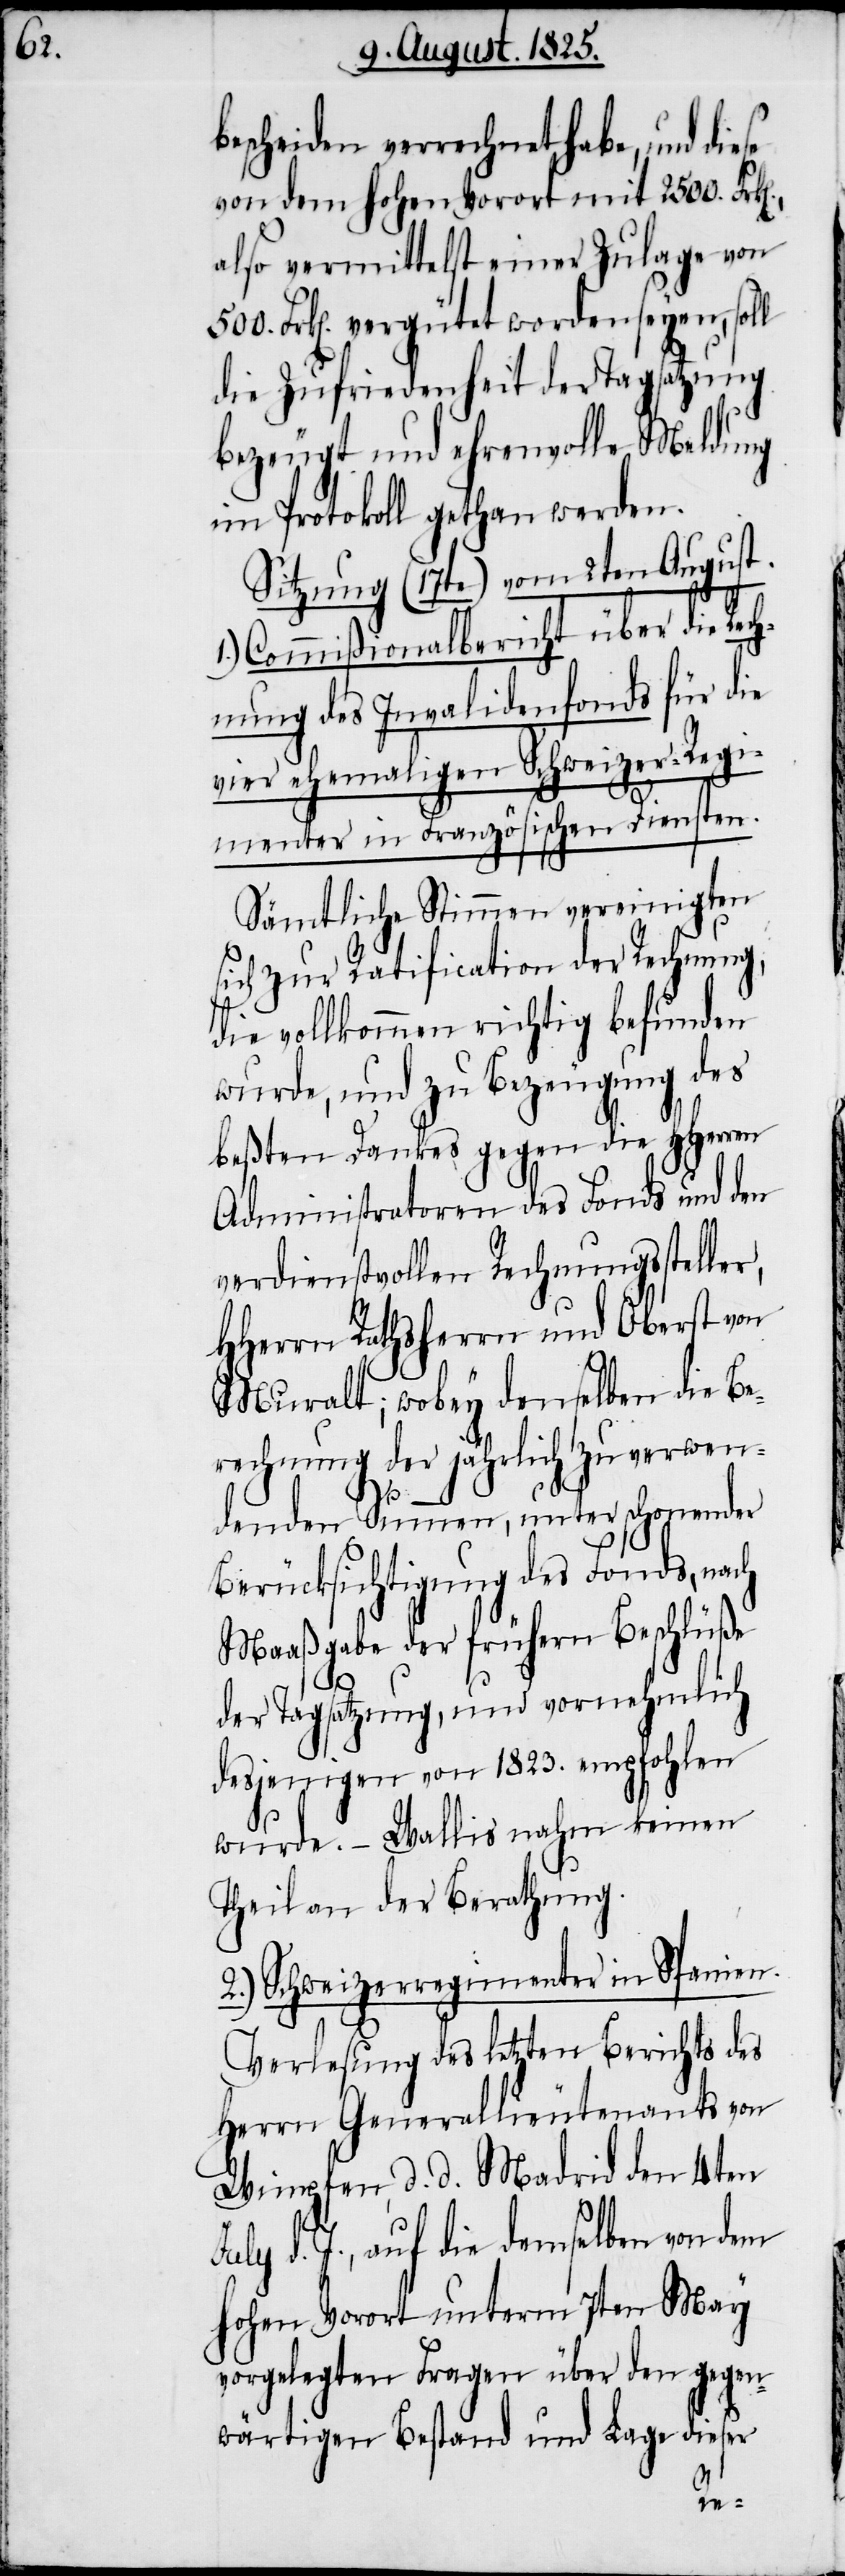
bescheiden verrechnet habe, und die¬
von dem hohen Vorort mit 2500. Fr¬
also vermittelst einer Zulage von
Frk[en]. vergütet worden seyen, soll
die Zufriedenheit der Tagsatzung
bezeugt und ehrenvolle Meldung
im Protokoll gethan werden.
Sitzung (17te) vom 2ten August.
Commißionalbericht über die Rech¬
nung des Invalidenfonds für die
vier ehemaligen Schweizer-Regi¬
menter in Französischen Diensten.
500.
Sämtliche Stimmen vereinigten
sich zur Ratification der Rechnung,
die vollkommen richtig befunden
wurde, und zu Bezeugung des
beßten Dankes gegen die HHerren
Administratoren des Fonds und den
verdienstvollen Rechnungssteller,
HHerrn Rathsherrn und Oberst von
Muralt; wobey denselben die Be¬
rechnung der jährlich zu verwen¬
1.)
denden Stimmen, unter schonender
Berücksichtigung des Fonds, nach
Maaßgabe der frühern Beschlüße
der Tagsatzung, und vornehmlich
desjenigen von 1823. empfohlen
wurde. – Wallis nahm keinen
Theil an der Berathung.
2.) Schweizerregimenter in Spanien.
Vorlesung des letzten Berichts des
Herrn Generalleutenants von
Wimpfen, d. d. Madrid den 4ten
d. J., auf die demselben von dem
hohen Vorort unterm 7ten May
vorgelegten Fragen über den gegen¬
wärtigen Bestand und Lage dieser